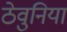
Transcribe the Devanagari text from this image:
ठेवुनिया